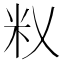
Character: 𰪦